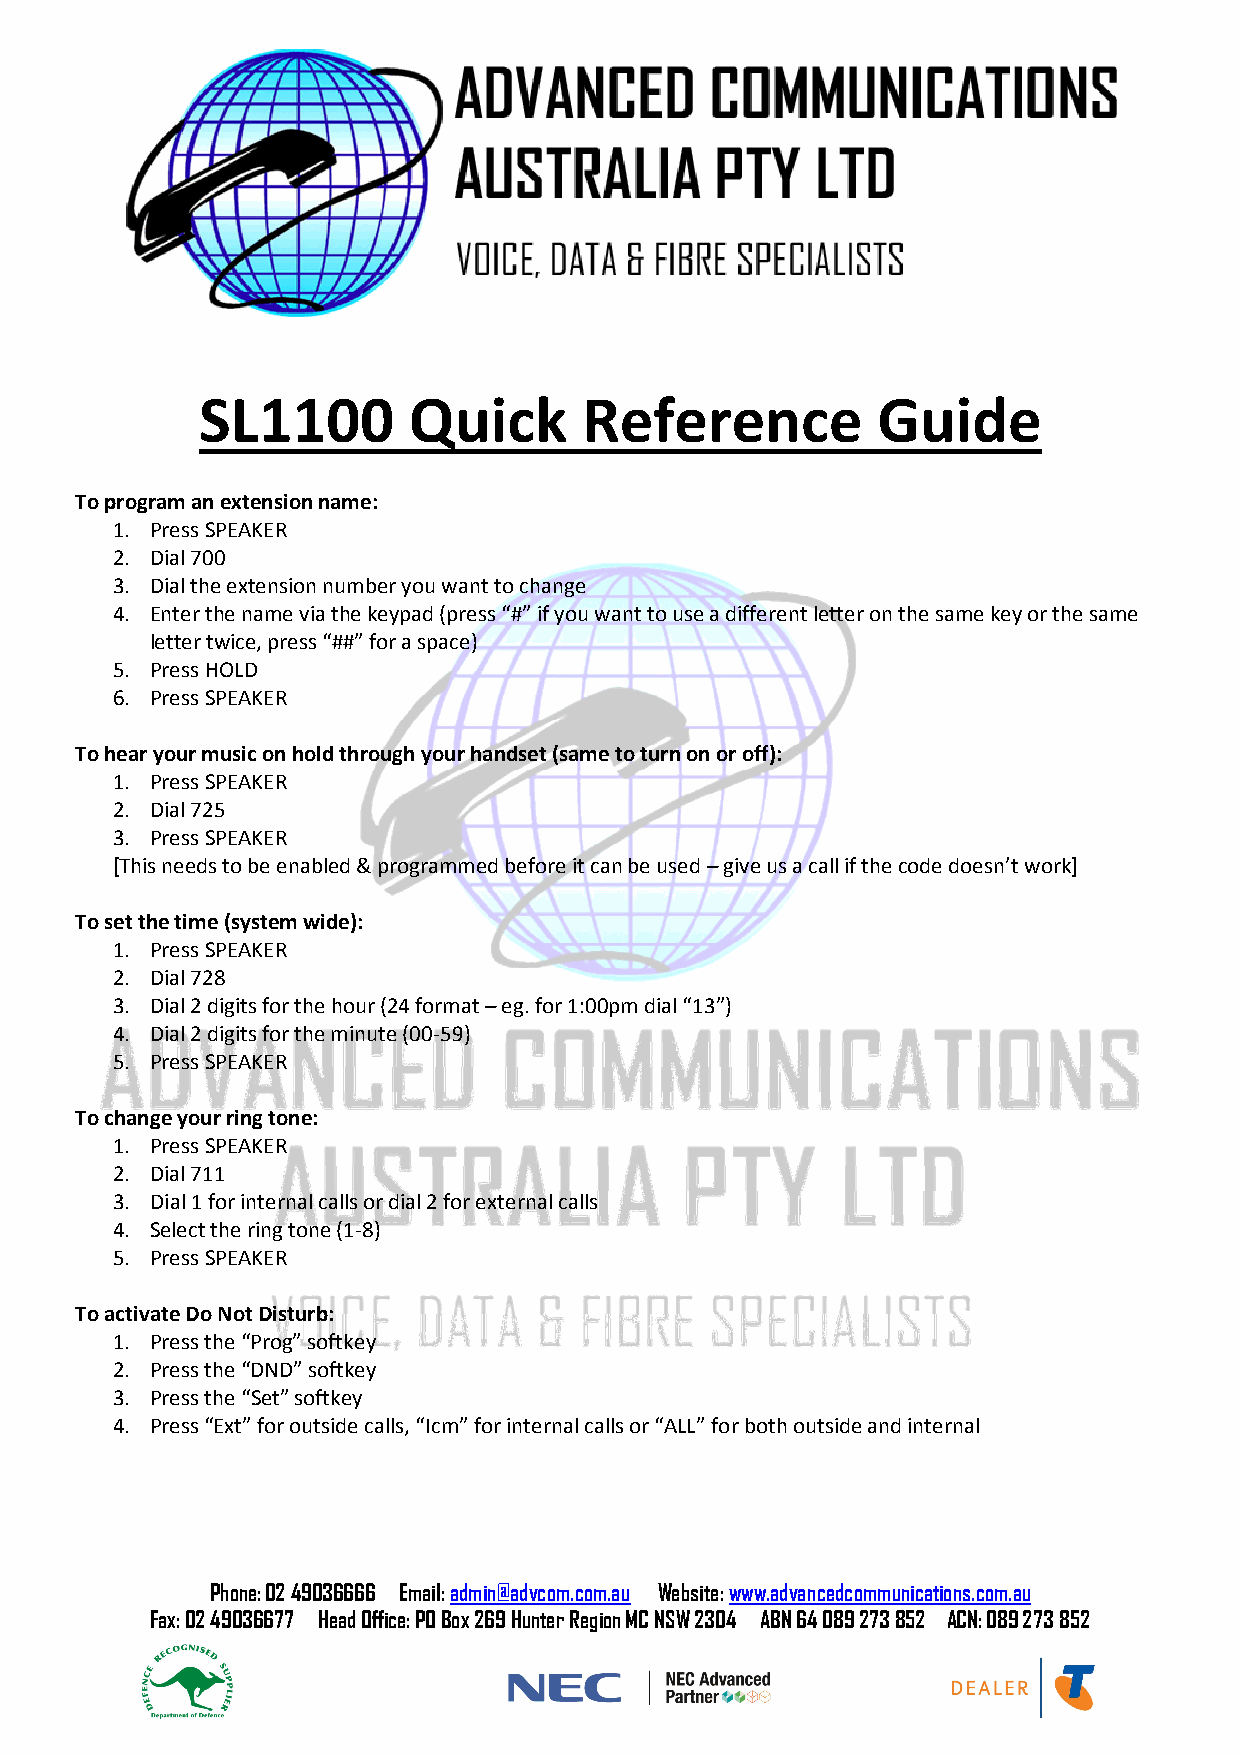
SL1100        Quick       Reference          Guide
 To program an extension name:
 1. Press SPEAKER
 2. Dial 700
 3. Dial the extension number you want to change
 4. Enter the name via the keypad (press “#” if you want to use a different letter on the same key or the same
 letter twice, press “##” for a space)
 5. Press HOLD
 6. Press SPEAKER
 To hear your music on hold through your handset (same to turn on or off):
 1. Press SPEAKER
 2. Dial 725
 3. Press SPEAKER
 [This needs to be enabled & programmed before it can be used – give us a call if the code doesn’t work]
 To set the time (system wide):
 1. Press SPEAKER
 2. Dial 728
 3. Dial 2 digits for the hour (24 format – eg. for 1:00pm dial “13”)
 4. Dial 2 digits for the minute (00-59)
 5. Press SPEAKER
 To change your ring tone:
 1. Press SPEAKER
 2. Dial 711
 3. Dial 1 for internal calls or dial 2 for external calls
 4. Select the ring tone (1-8)
 5. Press SPEAKER
 To activate Do Not Disturb:
 1. Press the “Prog” softkey
 2. Press the “DND” softkey
 3. Press the “Set” softkey
 4. Press “Ext” for outside calls, “Icm” for internal calls or “ALL” for both outside and internal
 Phone: 02 49036666 Email: admin@advcom.com.au Website: www.advancedcommunications.com.au
 Fax: 02 49036677 Head Office: PO Box 269 Hunter Region MC NSW 2304 ABN 64 089 273 852 ACN: 089 273 852